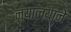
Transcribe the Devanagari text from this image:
न्यालयाने